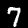
Digit: 7